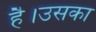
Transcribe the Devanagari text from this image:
है।उसका